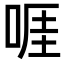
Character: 啀